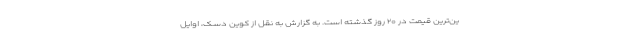
ین‌ترین قیمت در ۲۰ روز گذشته است. به گزارش به نقل از کوین دسک، اوایل